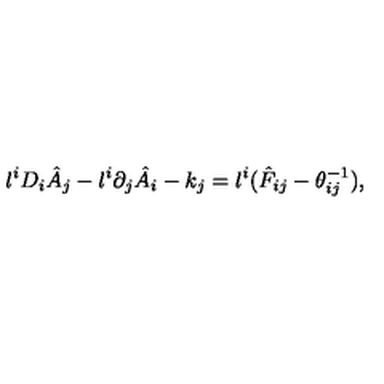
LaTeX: l ^ { i } D _ { i } \hat { A } _ { j } - l ^ { i } \partial _ { j } \hat { A } _ { i } - k _ { j } = l ^ { i } ( \hat { F } _ { i j } - \theta _ { i j } ^ { - 1 } ) ,